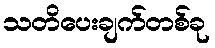
သတိပေးချက်တစ်ခု